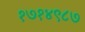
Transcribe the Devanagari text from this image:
१७१४९८७